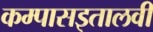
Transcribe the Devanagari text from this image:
कम्पासइतालवी